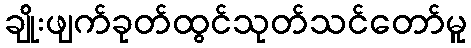
ချိုးဖျက်ခုတ်ထွင်သုတ်သင်တော်မူ